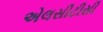
એલસીટીસી